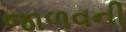
જાળવની